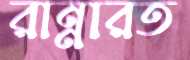
রান্নারত